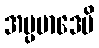
အပ္ပမာဒေပိ